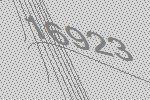
16923